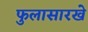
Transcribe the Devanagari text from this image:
फुलासारखे